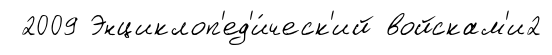
2009 Энциклоп'ед'и́ческ'ий войскам'и2